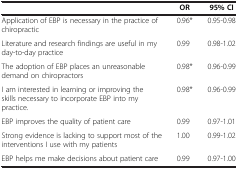
|  | OR | 95% CI |
 | --- | --- | --- |
 | Application of EBP is necessary in the practice of chiropractic | 0.96* | 0.95-0.98 |
 | Literature and research findings are useful in my day-to-day practice | 0.99 | 0.98-1.02 |
 | The adoption of EBP places an unreasonable demand on chiropractors | 0.98* | 0.96-0.99 |
 | I am interested in learning or improving the skills necessary to incorporate EBP into my practice. | 0.98* | 0.96-0.99 |
 | EBP improves the quality of patient care | 0.99 | 0.97-1.01 |
 | Strong evidence is lacking to support most of the interventions I use with my patients | 1.00 | 0.99-1.02 |
 | EBP helps me make decisions about patient care | 0.99 | 0.97-1.00 |